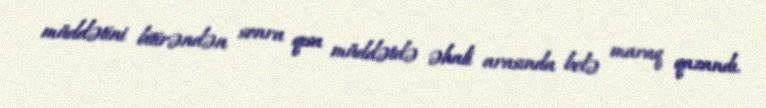
müddətini bitirəndən sonra qısa müddətdə əhali arasında belə maraq qazandı.